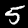
Label: 5